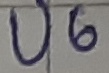
Text: U6